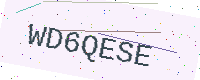
Text: WD6QESE